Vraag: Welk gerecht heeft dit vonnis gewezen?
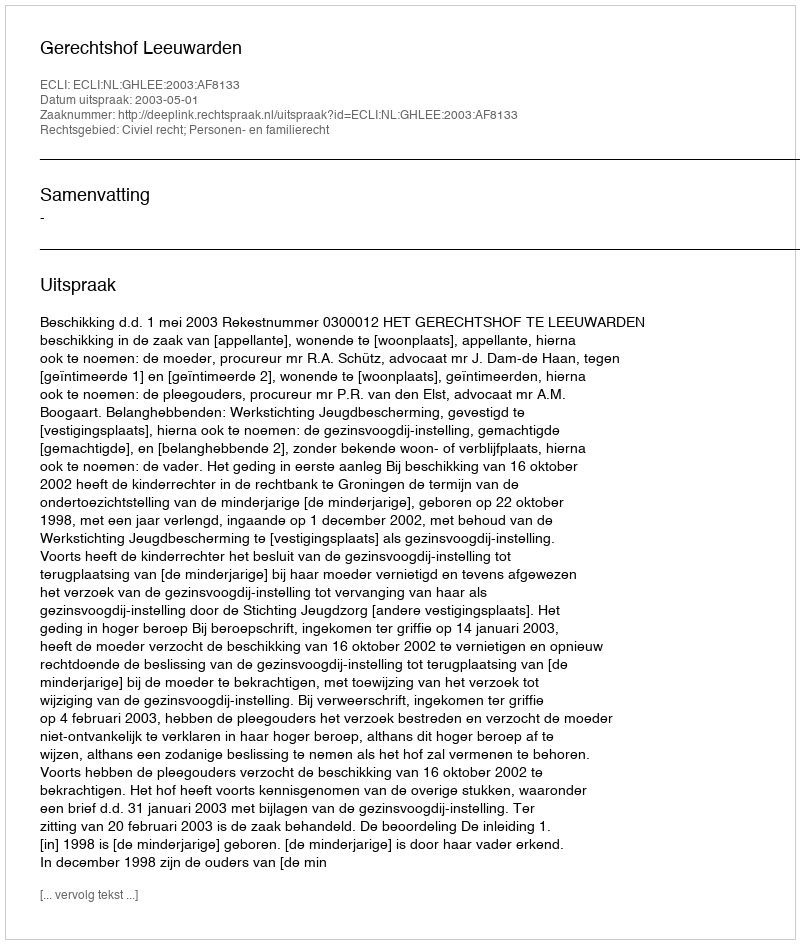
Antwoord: Gerechtshof Leeuwarden